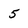
Character: 5